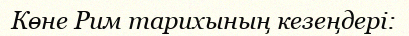
Көне Рим тарихының кезеңдері: